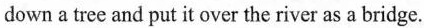
down a tree and put it over the river as a bridge.